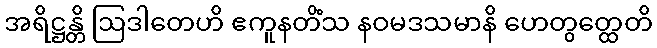
အရိဋ္ဌန္တိ ဩဒါတေဟိ ဧကူနတိံသ နဝမဒသမာနိ ဟေတွတ္ထေတိ